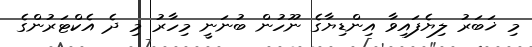
މި ޚަބަރު ލިޔެފައިވާ އިންޑިޔާގެ ނޫހުން ބުނަނީ މިހާރު މި ދެ އެކްޓަރުންގެ